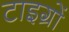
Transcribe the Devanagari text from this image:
टाइग्रों